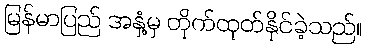
မြန်မာပြည် အနှံ့မှ တိုက်ထုတ်နိုင်ခဲ့သည်။